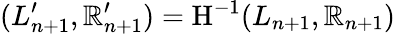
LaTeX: (L_{n+1}^{\prime},\mathbb{R}_{n+1}^{\prime})=\mathrm{{H}}^{-1}(L_{n+1},\mathbb{R}_{n+1})